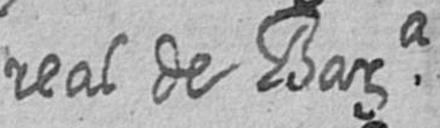
real de Bara